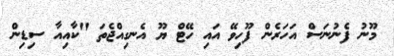
މޫނު ފެނުނަސް އަހަރެން ފޫހިވޭ އައި ހޭޓް ޔޫ އެނގިއްޖެތަ "ކާއިއާ ސިޑިން